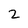
Character: 2